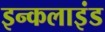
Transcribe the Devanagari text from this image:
इन्कलाइंड